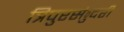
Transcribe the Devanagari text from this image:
त्रिपुरसंुदरी